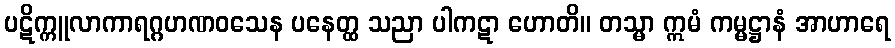
ပဋိက္ကူလာကာရဂ္ဂဟဏဝသေန ပနေတ္ထ သညာ ပါကဋာ ဟောတိ။ တသ္မာ ဣမံ ကမ္မဋ္ဌာနံ အာဟာရေ